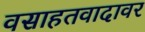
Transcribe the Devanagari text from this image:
वसाहतवादावर